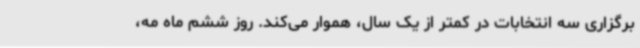
برگزاری سه انتخابات در کمتر از یک سال، هموار می‌کند. روز ششم ماه مه،